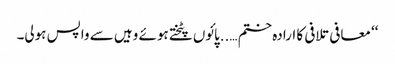
‘‘ معافی تلافی کا ارادہ ختم …..پائوں پٹختے ہوئے وہیں سے واپس ہولی۔